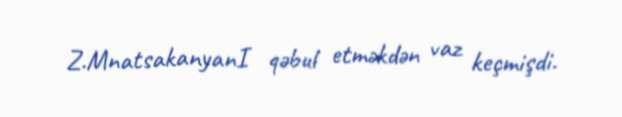
Z.MnatsakanyanI qəbul etməkdən vaz keçmişdi.